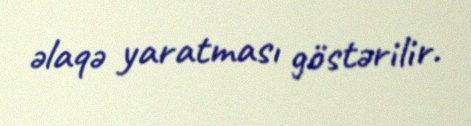
əlaqə yaratması göstərilir.